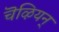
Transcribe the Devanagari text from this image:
चॆऴियन्